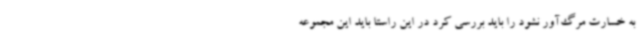
به خسارت مرگ‌آور نشود را باید بررسی کرد در این راستا باید این مجموعه